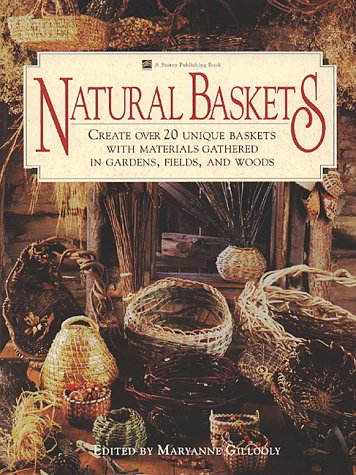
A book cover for Natural Baskets: Create Over 20 Unique Baskets with Materials Gathered in Gardens, Fields, and Woods; Crafts, Hobbies & Home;